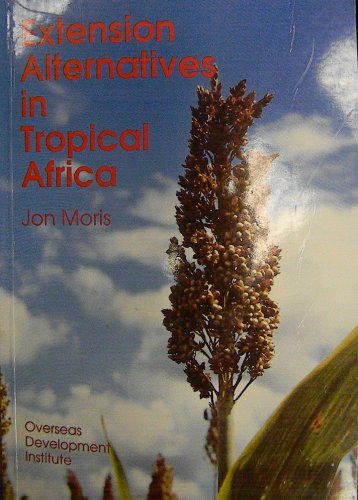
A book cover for Extension Alternatives in Tropical Africa (Agricultural Administration Unit Occasional Paper); Jon Moris; Science & Math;